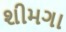
શીમગા